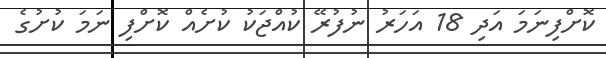
ކޮށްފިނަމަ އަދި 18 އަހަރު ނުފުރޭ ކުއްޖަކު ކުށެއް ކޮށްފި ނަމަ ކުށުގެ